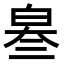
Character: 𤽫